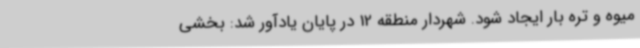
میوه و تره بار ایجاد شود. شهردار منطقه 12 در پایان یادآور شد: بخشی